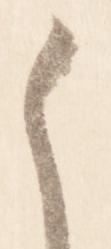
之